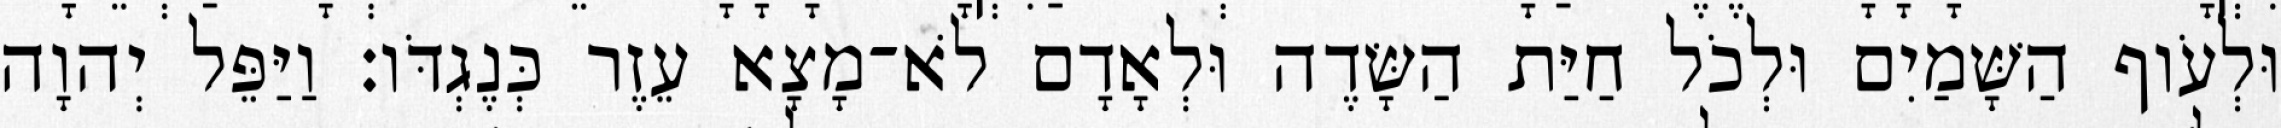
וּלְעֹוף הַשָּׁמַיִם וּלְכֹל חַיַּת הַשָּׂדֶה וּלְאָדָם לֹא־מָצָא עֵזֶר כְּנֶגְדֹּו׃ וַיַּפֵּל יְהוָה